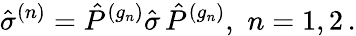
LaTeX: {\hat{\sigma}}^{(n)}={\hat{P}}^{(g_{n})}{\hat{\sigma}}\, {\hat{P}}^{(g_{n})},\, \, n=1,2\, .